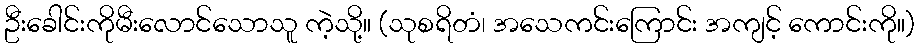
ဦးခေါင်းကိုမီးလောင်သောသူ ကဲ့သို့။ (သုစရိတံ၊ အသေကင်းကြောင်း အကျင့် ကောင်းကို။)